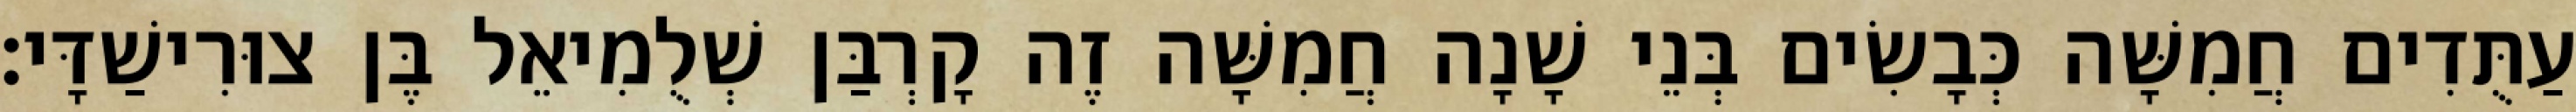
עַתֻּדִים חֲמִשָּׁה כְּבָשִׂים בְּנֵי שָׁנָה חֲמִשָּׁה זֶה קָרְבַּן שְׁלֻמִיאֵל בֶּן צוּרִישַׁדָּי׃